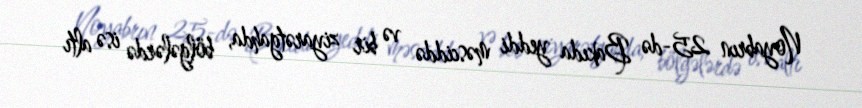
Noyabrın 25-də Bakıda yeddi məsciddə və bir ziyarətgahda, bölgələrdə isə altı